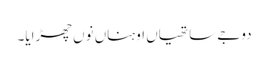
دوجے ساتھیاں اوہناں نوں چھڑایا۔